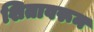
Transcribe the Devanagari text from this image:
शितावरून